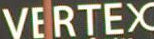
VERTEX